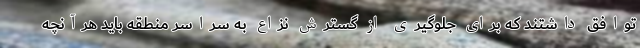
توافق داشتند که برای جلوگیری از گسترش نزاع به سراسر منطقه باید هرآنچه